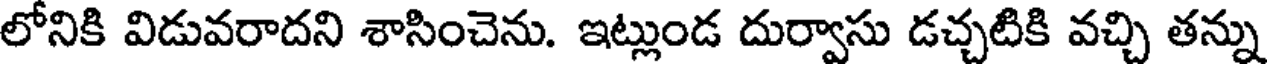
లోనికి విడువరాదని శాసించెను. ఇట్లుండ దుర్వాసు డచ్చటికి వచ్చి తన్ను